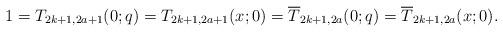
LaTeX: \begin{align*}1 =T_{2k+1,2a+1}(0; q) = T_{2k+1,2a+1}(x; 0) = \overline{T}_{2k+1,2a}(0; q) = \overline{T}_{2k+1,2a}(x; 0).\end{align*}